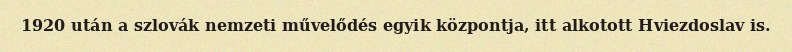
1920 után a szlovák nemzeti művelődés egyik központja, itt alkotott Hviezdoslav is.